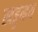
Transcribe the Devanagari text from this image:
खड्डमय